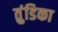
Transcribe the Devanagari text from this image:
तुंडिका